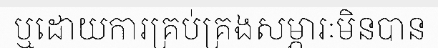
ឬដោយការគ្រប់គ្រងសម្ភារៈមិនបាន